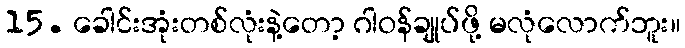
15. ခေါင်းအုံးတစ်လုံးနဲ့တော့ ဂါဝန်ချုပ်ဖို့ မလုံလောက်ဘူး။